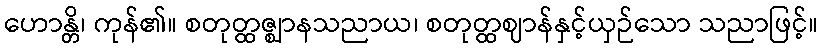
ဟောန္တိ၊ ကုန်၏။ စတုတ္ထဇ္ဈာနသညာယ၊ စတုတ္ထဈာန်နှင့်ယှဉ်သော သညာဖြင့်။